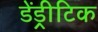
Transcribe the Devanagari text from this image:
डेंड्रीटिक